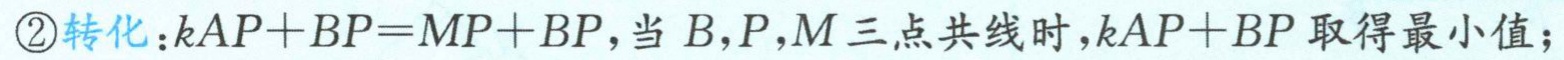
\textcircled{2}转化：\(kAP + BP=MP + BP\)，当\(B,P,M\)三点共线时，\(kAP + BP\)取得最小值；